Report on the cholera epidemic of
Year: 1868
Disease focus: Cholera
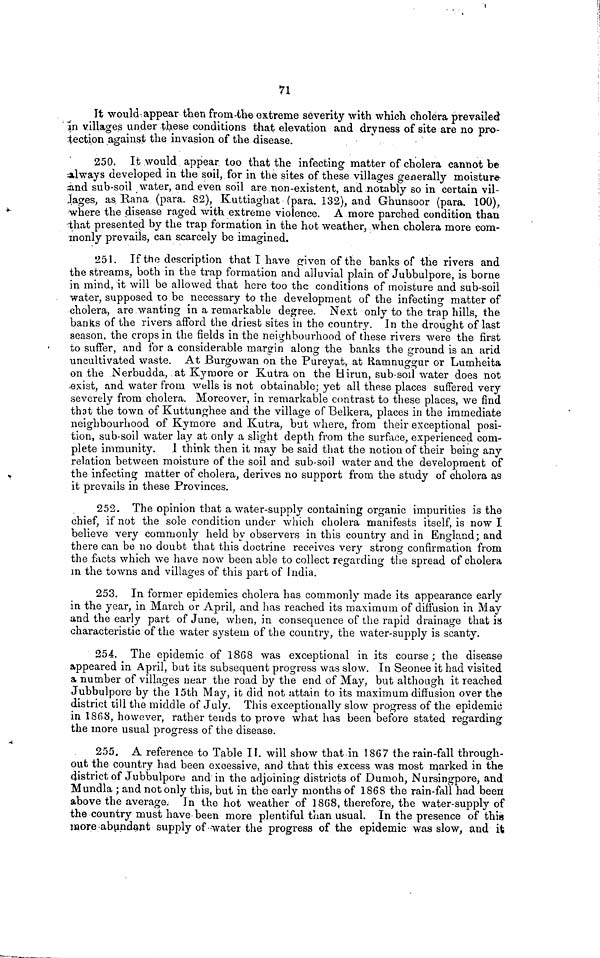
71
It would appear then from the extreme severity with which cholera prevailed
in villages under these conditions that elevation and dryness of site are no pro-
tection against the invasion of the disease.
250. It would appear too that the infecting matter of cholera cannot be
Always developed in the soil, for in the sites of these villages generally moisture
and sub-soil water, and even soil are non-existent, and notably so in certain vil-
Jages, as Rana (para. 82), Kuttiaghat (para. 132), and Ghunsoor (para. 100),
where the disease raged with extreme violence. A more parched condition than
that presented by the trap formation in the hot weather, when cholera more com-
monly prevails, can scarcely be imagined.
1251. If the description that I have given of the banks of the rivers and
the streams, both in the trap formation and alluvial plain of Jubbulpore, is borne
in mind, it will be allowed that here too the conditions of moisture and sub-soil
water, supposed to be necessary to the development of the infecting matter of
cholera, are wanting in a remarkable degree. Next only to the trap hills, the
banks of the rivers afford the driest sites in the country. In the drought of last
season, the crops in the fields in the neighbourhood of these rivers were the first
to suffer, and for a considerable margin along the banks the ground is an arid
uncultivated waste. At Burgowan on the Pureyat, at Ramnuggur or Lumheita
on the Nerbudda, at Kyrnore or Kutra on the Hirun, sub-soil water does not
exist, and water from wells is not obtainable; yet all these places suffered very
severely from cholera. Moreover, in remarkable contrast to these places, we find
that the town of Kuttunghee and the village of Belkera, places in the immediate
neighbourhood of Kymore and Kutra, but where, from their exceptional posi-
tion, sub-soil water lay at only a slight depth from the surface, experienced com-
plete immunity. I think then it may be said that the notion of their being any
relation between moisture of the soil and sub-soil water and the development of
the infecting matter of cholera, derives no support from the study of cholera as
it prevails in these Provinces.
252. The opinion that a water-supply containing organic impurities is the
chief, if not the sole condition under which cholera manifests itself, is now I
believe very commonly held by observers in this country and in England; and
there can be no doubt that this doctrine receives very strong confirmation from
the facts which we have now been able to collect regarding the spread of cholera
in the towns and villages of this part of India.
253. In former epidemics cholera has commonly made its appearance early
in the year, in March or April, and has reached its maximum of diffusion in May
and the early part of Jane, when, in consequence of the rapid drainage that is
characteristic of the water system of the country, the water-supply is scanty.
254. The epidemic of 1868 was exceptional in its course ; the disease
appeared in April, but its subsequent progress was slow. In Seonee it had visited
a number of villages near the road by the end of May, but although it reached
Jubbulpore by the 15th May, it did not attain to its maximum diffusion over the
district till the middle of July. This exceptionally slow progress of the epidemic
in 1868, however, rather tends to prove what has been before stated regarding
the more usual progress of the disease.
255. A reference to Table II. will show that in 1867 the rain-fall through-
out the country had been excessive, and that this excess was most marked in the
District of Jubbulpore and in the adjoining districts of Dumoh, Nursingpore, and
Mundla ; and not only this, but in the early months of 1868 the rain-fall had been
above the average. In the hot weather of 1868, therefore, the water-supply of
the country must have been more plentiful than usual. In the presence of this
more abundant supply of water the progress of the epidemic was slow, and its